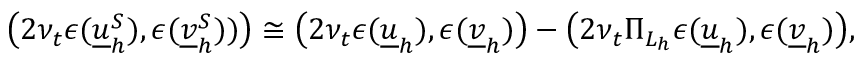
\big ( 2 \nu _ { t } \epsilon ( \underline { { u } } _ { h } ^ { S } ) , \epsilon ( \underline { { v } } _ { h } ^ { S } ) ) \big ) \cong \big ( 2 \nu _ { t } \epsilon ( \underline { { u } } _ { h } ) , \epsilon ( \underline { { v } } _ { h } ) \big ) - \big ( 2 \nu _ { t } \Pi _ { L _ { h } } \epsilon ( \underline { { u } } _ { h } ) , \epsilon ( \underline { { v } } _ { h } ) \big ) ,